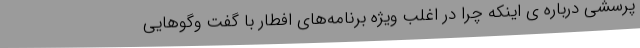
پرسشی درباره ی اینکه چرا در اغلب ویژه برنامه‌های افطار با گفت وگوهایی